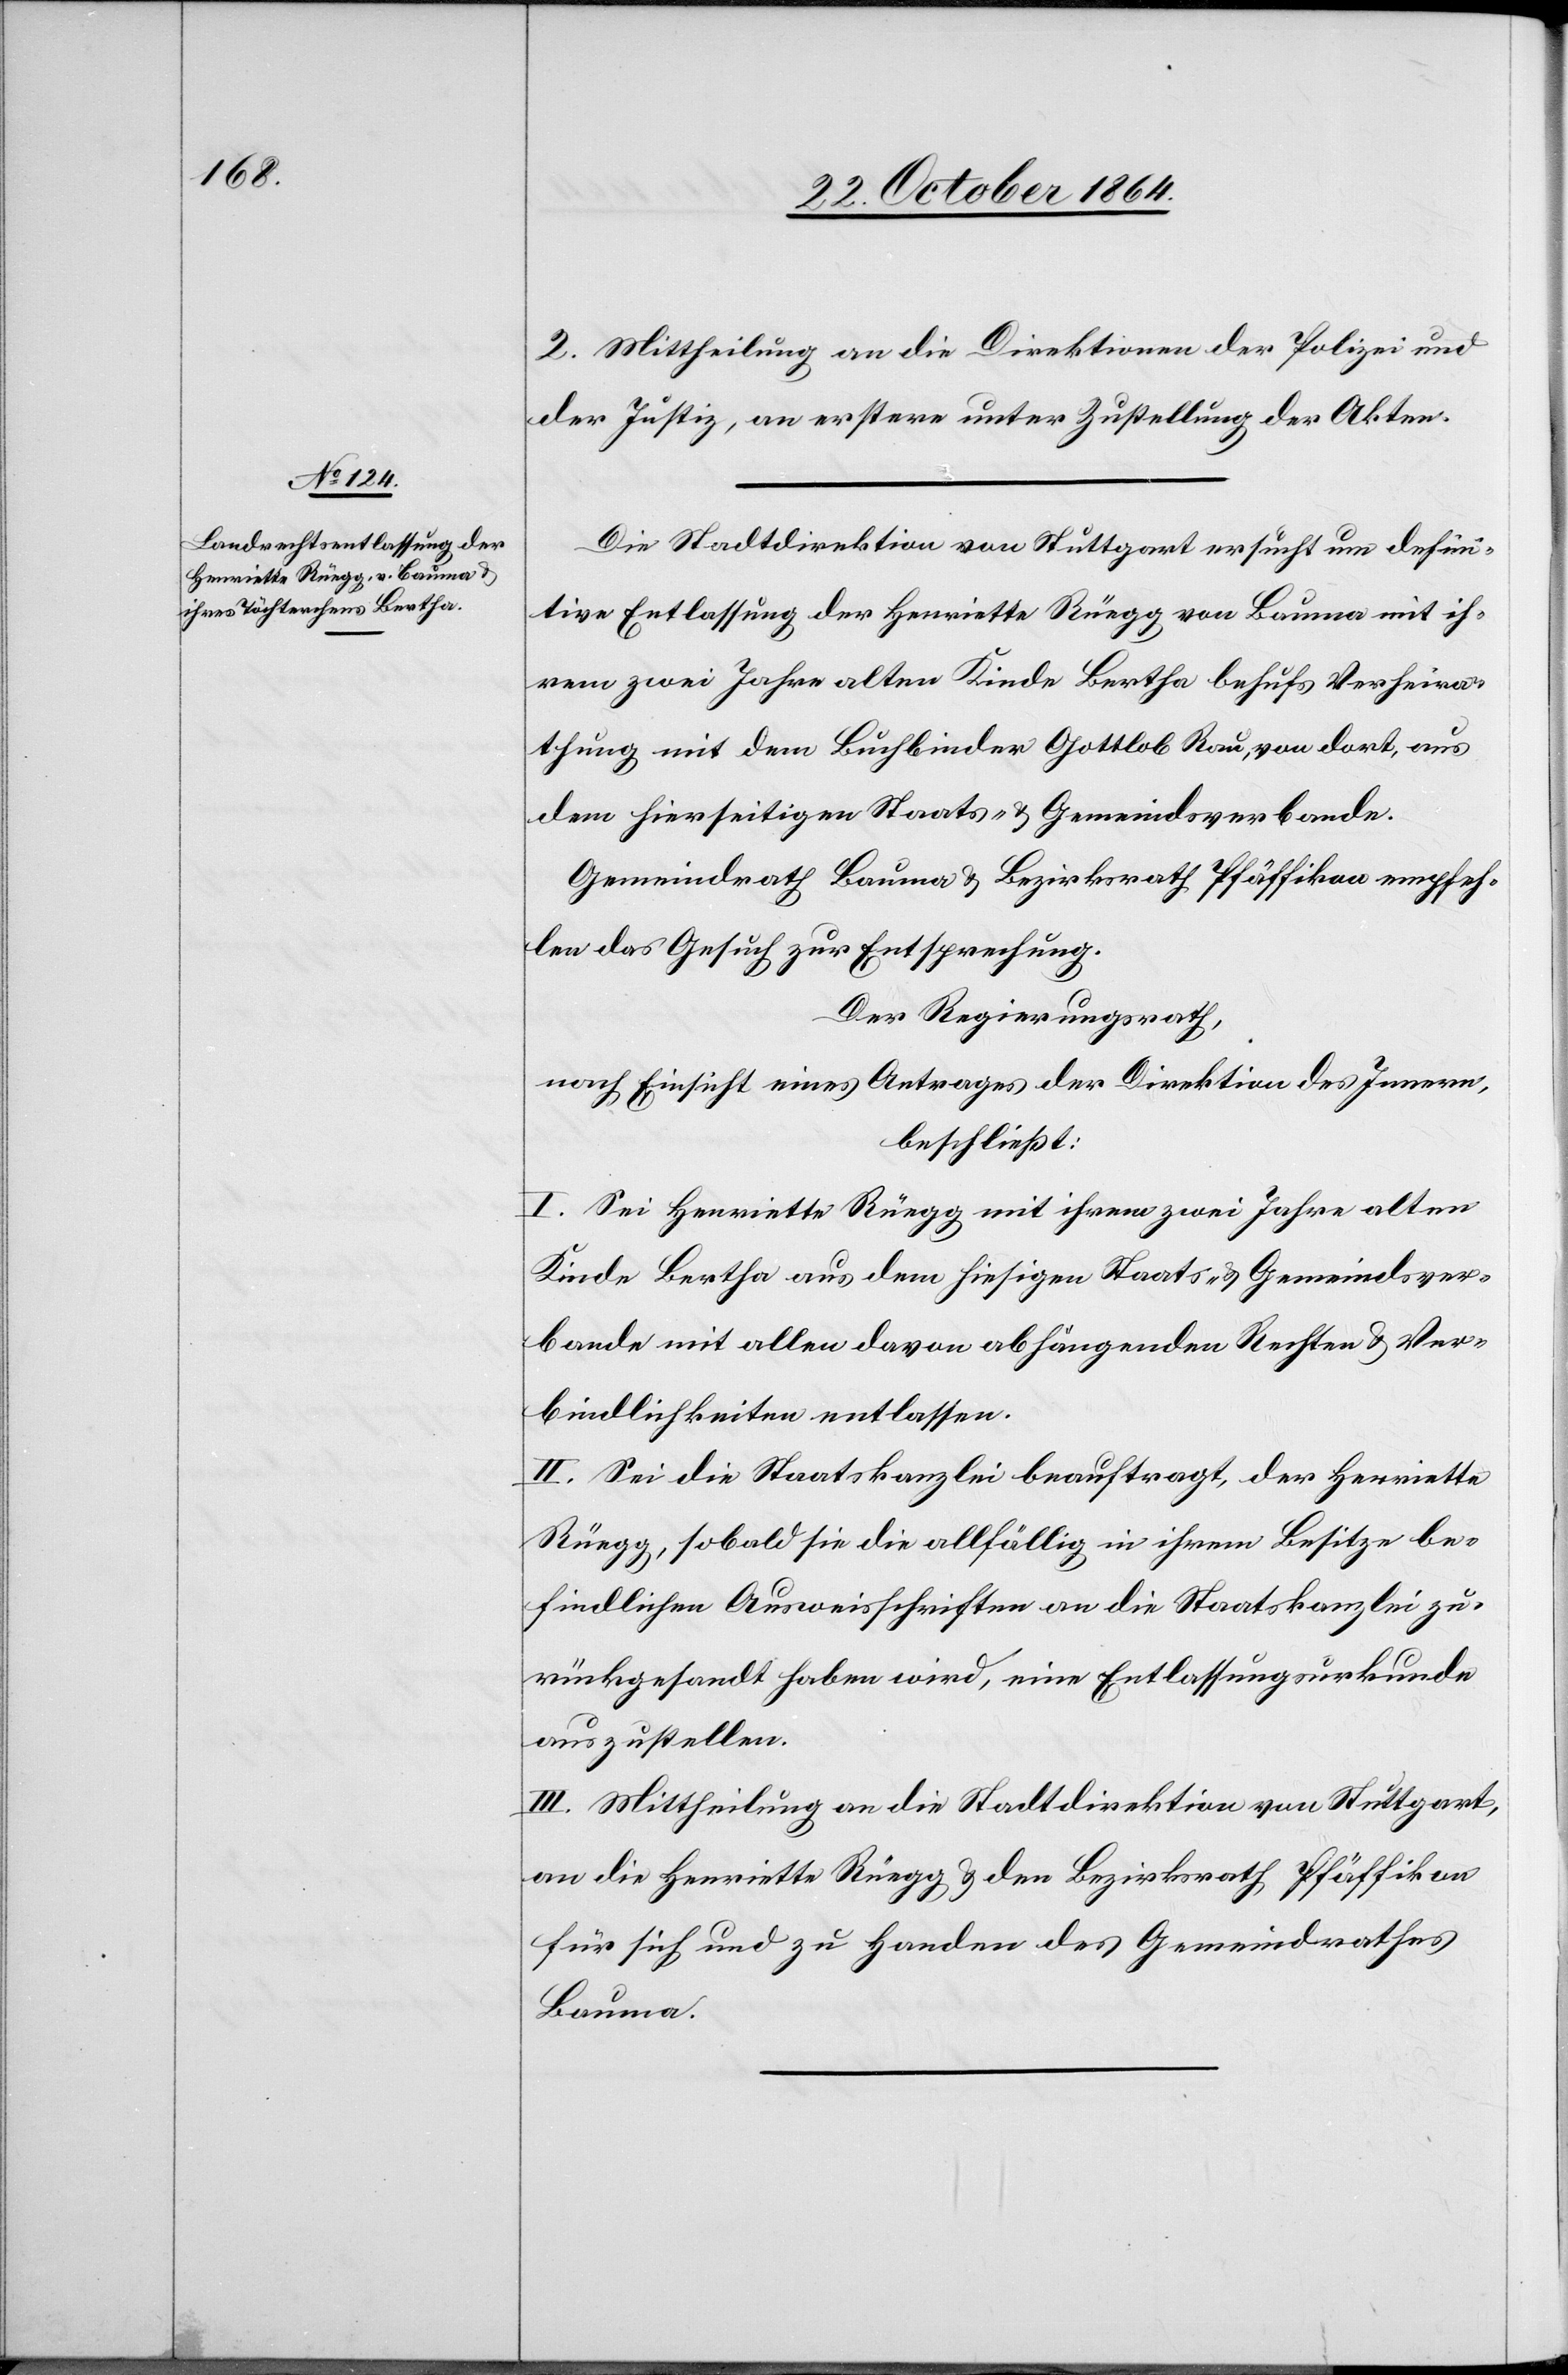
2. Mittheilung an die Direktionen der Polizei und
der Justiz, an erstere unter Zustellung der Akten.
Die Stadtdirektion von Stuttgart ersucht um defini¬
tive Entlassung der Henriette Rüegg von Bauma mir ih¬
rem zwei Jahre alten Kinde Bertha behufs Verheira¬
thung mit dem Buchbinder Gottlob Rau, von dort, aus
dem hierseitigen Staats- & Gemeindsverbande.
Gemeindrath Bauma & Bezirksrath Pfäffikon empfeh¬
len das Gesuch zur Entsprechung.
Der Regierungsrath,
nach Einsicht eines Antrages der Direktion des Innern,
beschließt:
I. Sei die Henriette Rüegg mit ihrem zwei Jahre alten
Kinde Bertha aus dem hiesigen Staats und Gemeindsver¬
bande mit allen davon abhängenden Rechten & Ver¬
bindlichkeiten entlassen.
II. Sei die Staatskanzlei beauftragt, der Henriette
Rüegg, sobald sie die allfällig in ihrem Besitze be¬
findlichen Ausweisschriften an die Staatskanzlei zu¬
rückgesandt haben wird, eine Entlassungsurkunde
auszustellen.
III. Mittheilung an die Stadtdirektion von Stuttgart,
an die Henriette Rüegg & den Bezirksrath Pfäffikon
für sich und zu Handen des Gemeindrath
Bauma.